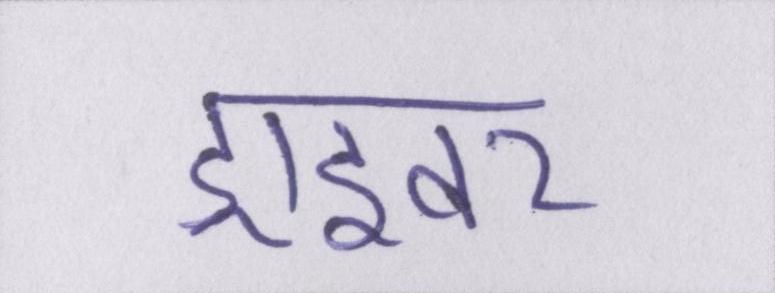
ड्राइवर